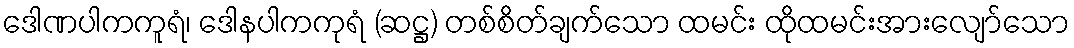
ဒေါဏပါကကူရံ၊ ဒေါနပါကကုရံ (ဆဋ္ဌ) တစ်စိတ်ချက်သော ထမင်း ထိုထမင်းအားလျော်သော